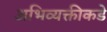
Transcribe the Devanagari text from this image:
अभिव्यक्तीकडे